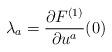
LaTeX: \begin{align*}\lambda_a=\frac{\partial F^{(1)}}{\partial u^a}(0)\end{align*}